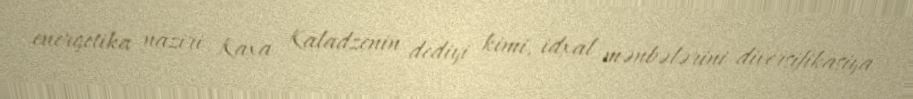
energetika naziri Kaxa Kaladzenin dediyi kimi, idxal mənbələrini diversifikasiya